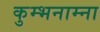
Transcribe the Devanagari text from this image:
कुम्भनाम्ना